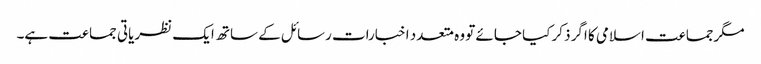
مگرجماعت اسلامی کا اگر ذکر کیا جائے تو وہ متعدد اخبارات رسائل کے ساتھ ایک نظریاتی جماعت ہے۔